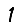
Digit: 1